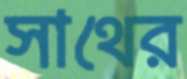
সাথের